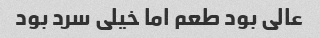
عالی بود طعم اما خیلی سرد بود